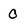
Character: 0